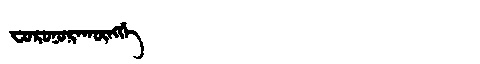
Manchu: ᠸᠣᡵᠣᠨᠣᡵᠠᡴᡡᠩᡤᡝ
Romanization: FORONORAKŪNGGE